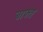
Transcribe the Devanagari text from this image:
बाफ्त